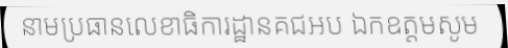
នាមប្រធានលេខាធិការដ្ឋានគជអប ឯកឧត្តមសូម